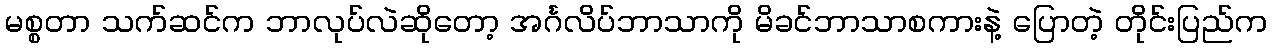
မစ္စတာ သက်ဆင်က ဘာလုပ်လဲဆိုတော့ အင်္ဂလိပ်ဘာသာကို မိခင်ဘာသာစကားနဲ့ ပြောတဲ့ တိုင်းပြည်က